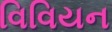
વિવિયન